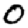
Digit: 0